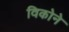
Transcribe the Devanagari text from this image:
विकोने